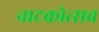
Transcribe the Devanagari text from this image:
नाटकोत्सव